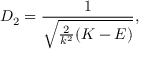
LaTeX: D _ { 2 } = \frac { 1 } { \sqrt { \frac { 2 } { k ^ { 2 } } ( K - E ) } } ,